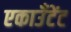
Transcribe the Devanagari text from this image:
एकाउँटेंट